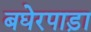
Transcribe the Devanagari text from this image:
बघेरपाड़ा